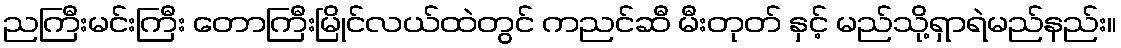
ညကြီးမင်းကြီး တောကြီးမြိုင်လယ်ထဲတွင် ကညင်ဆီ မီးတုတ် နှင့် မည်သို့ရှာရဲမည်နည်း။